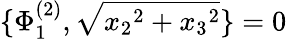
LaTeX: \{ \Phi_{1}^{(2)},\sqrt{{x_{2}}^{2}+{x_{3}}^{2}}\} =0